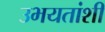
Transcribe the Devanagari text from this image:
उभयतांशी